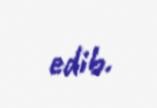
edib.